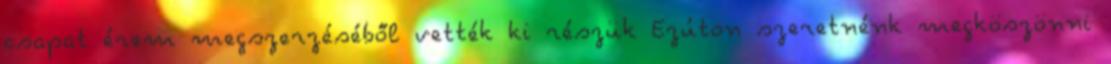
csapat érem megszerzéséből vették ki részük Ezúton szeretnénk megköszönni